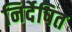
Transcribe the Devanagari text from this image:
निर्देषित